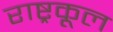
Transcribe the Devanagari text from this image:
राष्ट्रकूल